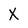
Character: X